Annual report of the Civil Veterinary Department, Bengal, and of the Bengal Veterinary College for the year 1906-1907 - 1906-1907
Year: 1906
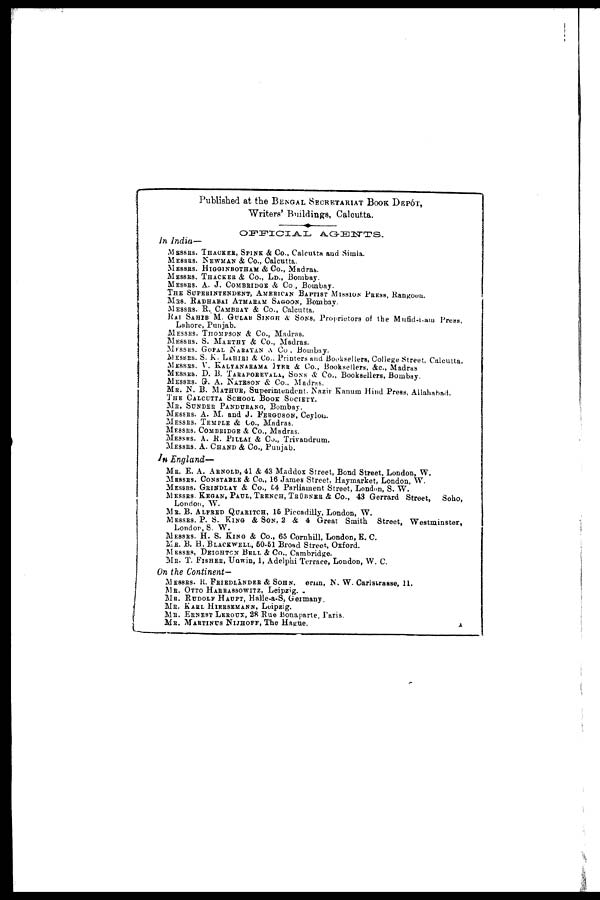
Published at the BENGAL SECRETARIAT BOOK DEPOT,
Writers' Buildings, Calcutta.
OFFICIAL
AGENTS.
In India—
MESSRS. THACKER, SPINK & Co., Calcutta and Simla.
MESSRS. NEWMAN & Co., Calcutta.
MESSRS. HIGGINBOTHAM & Co., Madras.
MESSRS. THACKER & CO., LD.,Bombay.
MESSRS. A. J. COMBRIDGE & Co., Bombay.
THE SUPERINTENDENT, AMERICAN BAPTIST MISSION PRESS, Rangoon.
MRS. RADHABAI ATMARAM SAGOON, Bombay.
MESSRS. R. CAMBRAY & Co., Calcutta.
RAI SAHIB M. GULAB SINGH & SONS, Proprietors of the Mufid-i-am Press,
Lahore, Punjab.
MESSRS. THOMPSON & Co., Madras.
MESSRS. S. MARTHY & Co., Madras.
MESSRS. GOPAL NARAYAN & CO., Bombay.
MESSRS. S. K. LAHIRI & Co., Printers and Booksellers, College Street, Calcutta.
MESSRS. V. KALYANARAMA IYER & Co., Booksellers, &c., Madras
MESSRS. D. B. TARAPOREVALA, SONS & Co., Booksellers, Bombay.
MESSRS. G. A. NATESON & Co.. Madras.
MR. N. B. MATHUR, Superintendent. Nazir Kanum Hind Press, Allahabad.
THE CALCUTTA SCHOOL BOOK SOCIETY.
MR. SUNDER PANDURANG, Bombay.
MESSRS. A. M. and J. FERGUSON, Ceylon.
MESSRS. TEMPLE & Co., Madras.
MESSRS. COMBRIDGE & Co., Madras.
MESSRS. A. R. PILLAI & Co., Trivandrum.
MESSRS. A. CHAND & Co., Punjab.
In England—
MR. E. A. ARNOLD, 41 & 43 Maddox Street, Bond Street, London, W.
MESSRS. CONSTABLE & Co., 16 James Street, Haymarket, London, W.
MESSRS. GRINDLAY & Co., 64 Parliament Street, London, S. W.
MESSRS. KEGAN, PAUL, TRENCH, TRÜBNER & Co., 43 Gerrard Street,
Soho,
London, W.
MR. B. ALFRED QUARITCH, 15 Piccadilly, London, W.
MESSRS. P. S. KING & SON, 2 & 4 Great Smith Street, Westminster,
London, S. W.
MESSRS. H. S. KING & Co., 65 Cornhill, London, E. C.
MR. B. H. BLAGKWELL, 50-51 Broad Street, Oxford.
MESSRS., DEIGHTON BELL & Co., Cambridge.
MR. T. FISHES, Uawin, 1, Adelphi Terrace, London, W. C.
On the Continent—
MESSRS. R. FRIEDLÄNDER & SOHN, erun, N. W. Carlstrasse, 11.
MR. OTTO HARRASSOWITZ, Leipzig.
MR. RUDOLF HAUPT, Halle-a-S, Germany
MR. KARL HIERSEMANN, Leipzig.
MR. ERNEST LEROUX,28 Rue Bonaparte, Paris.
MR. MARTINUS NIJHOFF, The
Hague.